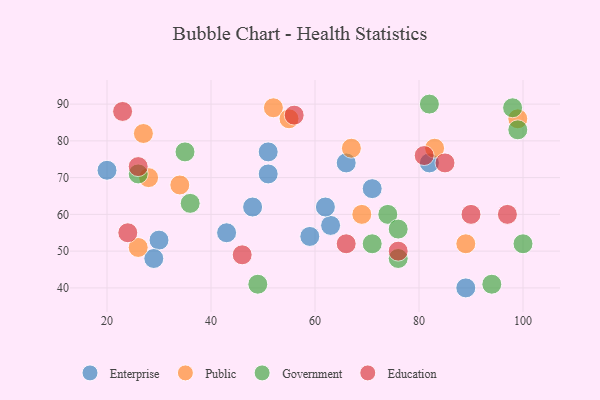
{"axis": {"x": "GDP", "y": "Life Expectancy"}, "legend": ["Education", "Enterprise", "Government", "Public"], "data": [{"x": "89", "y": 40, "type": "Enterprise"}, {"x": "51", "y": 77, "type": "Enterprise"}, {"x": "43", "y": 55, "type": "Enterprise"}, {"x": "30", "y": 53, "type": "Enterprise"}, {"x": "29", "y": 48, "type": "Enterprise"}, {"x": "48", "y": 62, "type": "Enterprise"}, {"x": "20", "y": 72, "type": "Enterprise"}, {"x": "66", "y": 74, "type": "Enterprise"}, {"x": "59", "y": 54, "type": "Enterprise"}, {"x": "71", "y": 67, "type": "Enterprise"}, {"x": "63", "y": 57, "type": "Enterprise"}, {"x": "62", "y": 62, "type": "Enterprise"}, {"x": "51", "y": 71, "type": "Enterprise"}, {"x": "82", "y": 74, "type": "Enterprise"}, {"x": "83", "y": 78, "type": "Public"}, {"x": "26", "y": 51, "type": "Public"}, {"x": "27", "y": 82, "type": "Public"}, {"x": "52", "y": 89, "type": "Public"}, {"x": "55", "y": 86, "type": "Public"}, {"x": "28", "y": 70, "type": "Public"}, {"x": "67", "y": 78, "type": "Public"}, {"x": "34", "y": 68, "type": "Public"}, {"x": "99", "y": 86, "type": "Public"}, {"x": "69", "y": 60, "type": "Public"}, {"x": "89", "y": 52, "type": "Public"}, {"x": "35", "y": 77, "type": "Government"}, {"x": "74", "y": 60, "type": "Government"}, {"x": "98", "y": 89, "type": "Government"}, {"x": "76", "y": 56, "type": "Government"}, {"x": "94", "y": 41, "type": "Government"}, {"x": "100", "y": 52, "type": "Government"}, {"x": "82", "y": 90, "type": "Government"}, {"x": "71", "y": 52, "type": "Government"}, {"x": "36", "y": 63, "type": "Government"}, {"x": "99", "y": 83, "type": "Government"}, {"x": "26", "y": 71, "type": "Government"}, {"x": "76", "y": 48, "type": "Government"}, {"x": "49", "y": 41, "type": "Government"}, {"x": "90", "y": 60, "type": "Education"}, {"x": "46", "y": 49, "type": "Education"}, {"x": "97", "y": 60, "type": "Education"}, {"x": "26", "y": 73, "type": "Education"}, {"x": "24", "y": 55, "type": "Education"}, {"x": "23", "y": 88, "type": "Education"}, {"x": "56", "y": 87, "type": "Education"}, {"x": "76", "y": 50, "type": "Education"}, {"x": "81", "y": 76, "type": "Education"}, {"x": "85", "y": 74, "type": "Education"}, {"x": "66", "y": 52, "type": "Education"}]}